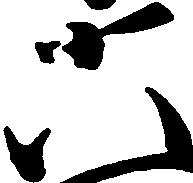
六